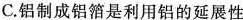
C.铝制成铝箔是利用铝的延展性